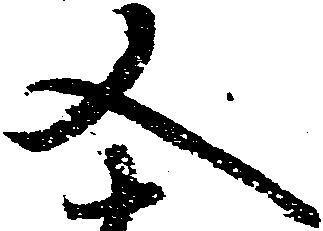
又